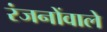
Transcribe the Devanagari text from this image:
रंजनोंवाले